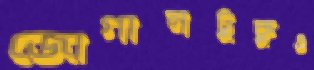
জোগানটুকুও